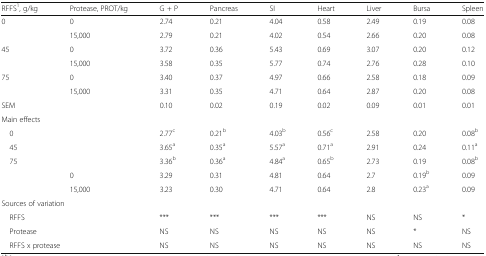
| RFFS1, g/kg | Protease, PROT/kg | G + P | Pancreas | SI | Heart | Liver | Bursa | Spleen |
 | --- | --- | --- | --- | --- | --- | --- | --- | --- |
 | <ROWSPAN=2> 0 | 0 | 2.74 | 0.21 | 4.04 | 0.58 | 2.49 | 0.19 | 0.08 |
 | 15,000 | 2.79 | 0.21 | 4.02 | 0.54 | 2.66 | 0.20 | 0.08 |
 | <ROWSPAN=2> 45 | 0 | 3.72 | 0.36 | 5.43 | 0.69 | 3.07 | 0.20 | 0.12 |
 | 15,000 | 3.58 | 0.35 | 5.77 | 0.74 | 2.76 | 0.28 | 0.10 |
 | <ROWSPAN=2> 75 | 0 | 3.40 | 0.37 | 4.97 | 0.66 | 2.58 | 0.18 | 0.09 |
 | 15,000 | 3.31 | 0.35 | 4.71 | 0.64 | 2.87 | 0.20 | 0.08 |
 | <COLSPAN=2> SEM | 0.10 | 0.02 | 0.19 | 0.02 | 0.09 | 0.01 | 0.01 |
 | <COLSPAN=2> Main effects |  |  |  |  |  |  |  |
 | 0 |  | 2.77c | 0.21b | 4.03b | 0.56c | 2.58 | 0.20 | 0.08b |
 | 45 |  | 3.65a | 0.35a | 5.57a | 0.71a | 2.91 | 0.24 | 0.11a |
 | 75 |  | 3.36b | 0.36a | 4.84a | 0.65b | 2.73 | 0.19 | 0.08b |
 |  | 0 | 3.29 | 0.31 | 4.81 | 0.64 | 2.7 | 0.19b | 0.09 |
 |  | 15,000 | 3.23 | 0.30 | 4.71 | 0.64 | 2.8 | 0.23a | 0.09 |
 | <COLSPAN=4> Sources of variation |  |  |  |  |  |
 | <COLSPAN=2> RFFS | *** | *** | *** | *** | NS | NS | * |
 | <COLSPAN=2> Protease | NS | NS | NS | NS | NS | * | NS |
 | <COLSPAN=2> RFFS x protease | NS | NS | NS | NS | NS | NS | NS |